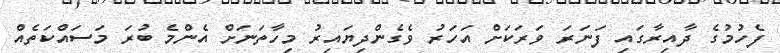
ފެހުމުގެ ދާއިރާގައި ފަނަރަ ވަރަކަށް އަހަރު ވެގެންދިޔައިރު މިހާތަނަށް އެންމެ ބުރަ މަސައްކަތެއް